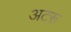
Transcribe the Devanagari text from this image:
अटरू